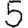
Digit: 5